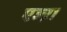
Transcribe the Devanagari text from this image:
एज्ऱा